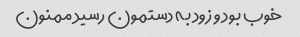
خوب بود و زود به دستمون رسید ممنون